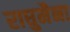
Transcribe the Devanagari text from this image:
राघुमैना